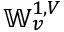
\mathbb { W } _ { v } ^ { 1 , V }